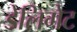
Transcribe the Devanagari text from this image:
डेलिगेट